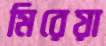
মিরেয়া